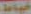
عوامة